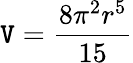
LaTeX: \mathtt{V}={\frac{{8\pi^{2}r^{5}}}{{15}}}